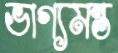
ভাগ্যমন্ত